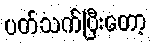
ပတ်သက်ပြီးတော့